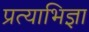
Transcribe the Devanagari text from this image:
प्रत्याभिज्ञा